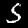
Digit: 5